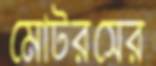
মোটরসের